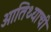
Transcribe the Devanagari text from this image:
आतिथ्याची